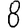
Digit: 8